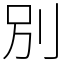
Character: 別